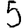
Digit: 5